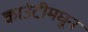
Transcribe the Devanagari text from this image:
काउंटीमधून